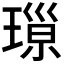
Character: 𱯛